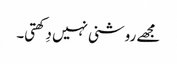
مجھے روشنی نہیں دِکھتی۔